Annual administration report of the Civil Veterinary Department of India - 1897-1898
Year: 1897
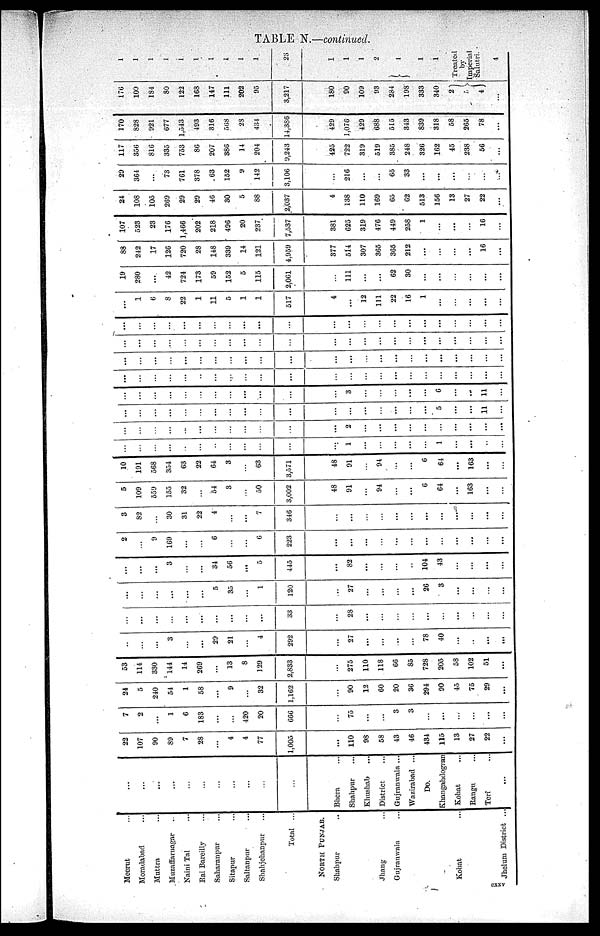
TABLE N.—continued.
Mecrut ...
Moradabad ...
Muttra ...
Muzaffarnagar ...
Naini Tal ...
Rai Bareilly ...
Saharanpur ...
Sitapur ...
Saltanpur ...
Shahjehanpur ...
Total ...
NORTH PUNJAB.
Shahpur ...
Jhang ...
Gujrauwala ...
Kohat ...
Jhelum District ...
...
...
...
...
...
...
...
...
...
...
...
Bhera ...
Shahpur ...
Khushab ...
District ...
Gujranwala ...
Wazirabad ...
Do.
Khangahdogran
Kohat ...
Rangu ...
Teri ...
...
22
107
90
89
7
28
...
4
4
77
1,005
...
110
98
58
43
46
434
115
13
27
22
...
7
2
...
1
6
183
...
...
420
20
666
...
75
...
...
3
3
...
...
...
...
...
24
5
240
54
1
58
...
9
...
32
1,162
...
90
12
60
20
36
294
90
45
75
29
...
53
114
330
144
14
269
...
13
8
129
2,833
...
275
110
118
66
85
728
205
58
102
51
...
...
...
...
3
...
...
29
21
...
4
292
...
27
...
...
..
...
78
40
...
...
...
...
...
...
...
...
...
...
...
...
...
...
33
...
28
...
...
...
...
...
...
...
...
...
...
...
...
...
...
...
...
5
35
...
1
120
...
27
...
...
...
...
26
3
...
...
...
...
...
...
...
3
...
...
34
56
...
5
445
...
82
...
...
...
...
104
43
...
...
...
...
2
...
9
169
...
...
6
...
...
6
223
...
...
...
...
...
...
...
...
...
...
...
...
3
82
...
30
31
22
4
...
...
7
346
...
...
...
...
...
...
...
...
...
...
...
...
5
109
559
155
32
...
54
3
...
50
3,002
48
91
...
94
...
...
6
64
...
163
...
...
10
191
568
354
63
22
64
3
...
63
3,571
48
91
...
94
...
...
6
64
...
163
...
...
...
...
...
...
...
...
...
...
...
...
...
...
1
...
...
...
...
...
1
...
...
...
...
...
...
...
...
...
...
...
...
...
...
...
...
2
...
...
...
...
...
...
...
...
...
...
...
...
...
...
...
...
...
...
...
...
...
...
...
...
...
...
...
...
5
...
...
...
...
...
...
...
...
...
...
...
...
...
...
...
...
3
...
...
...
...
...
6
...
...
...
...
...
...
...
...
...
...
...
...
...
...
...
...
...
...
...
...
...
...
...
...
...
...
...
...
...
...
...
...
...
...
...
...
...
...
...
...
...
...
...
...
...
...
...
...
...
...
...
...
...
...
...
...
...
...
...
...
...
...
...
...
...
...
...
...
...
...
...
...
...
...
...
...
...
...
...
...
...
...
...
...
...
...
...
...
...
...
...
...
...
...
...
...
...
1
6
8
22
1
11
5
1
1
517
4
...
12
111
22
16
1
...
...
...
...
...
19
280
...
42
724
173
59
152
5
115
2,061
...
111
...
...
62
30
...
...
...
...
...
...
88
242
17
126
720
28
148
339
14
121
4,959
377
5l4
307
365
365
212
...
...
...
...
16
...
107
523
23
176
1,466
202
218
496
20
237
7,537
381
625
319
476
449
258
1
...
...
...
16
...
24
108
105
269
29
29
46
30
5
88
2,037
4
138
110
169
65
62
513
156
13
27
22
...
29
364
...
73
761
378
63
152
9
142
3,106
...
216
...
...
65
33
...
...
...
...
...
...
117
356
816
335
753
86
207
386
14
204
9,243
425
722
319
519
385
248
326
162
45
238
56
...
170
828
921
677
1,543
493
316
568
28
434
14,386
429
1,076
429
688
515
343
839
318
58
265
78
...
176
109
184
80
122
163
147
111
202
95
3,217
180
90
109
93
284
198
333
340
2
5 4
...
1
1
1
1
1
1
1
1
1
1
23
1
1
1
2
1
1
1
Treated
Imperial
Salutri.
cxxv